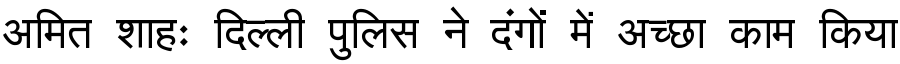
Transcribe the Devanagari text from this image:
अमित शाहः दिल्ली पुलिस ने दंगों में अच्छा काम किया